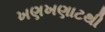
ખણખણાટથી